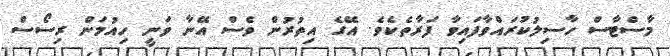
މާސްޓާސް ހާސިލުކުރައްވާފައިވާ ފަރާތެކެވެ. އޭގެ އިތުރުން ވެސް އޭނާ ވަނީ ހިއުމަން ރިސޯސް